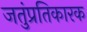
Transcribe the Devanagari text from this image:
जतुंप्रतिकारक